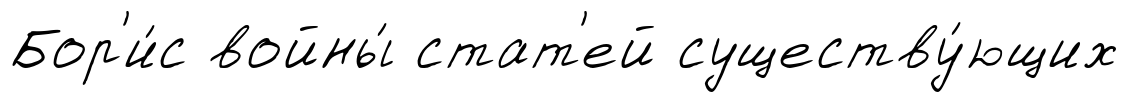
Бор'и́с войны́ стат'ей существу́ющих